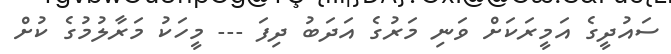
ސައުދީގެ އަމީރަކަށް ވަނި މަރުގެ އަދަބު ދިފަ --- މީހަކު މަރާލުމުގެ ކުށް